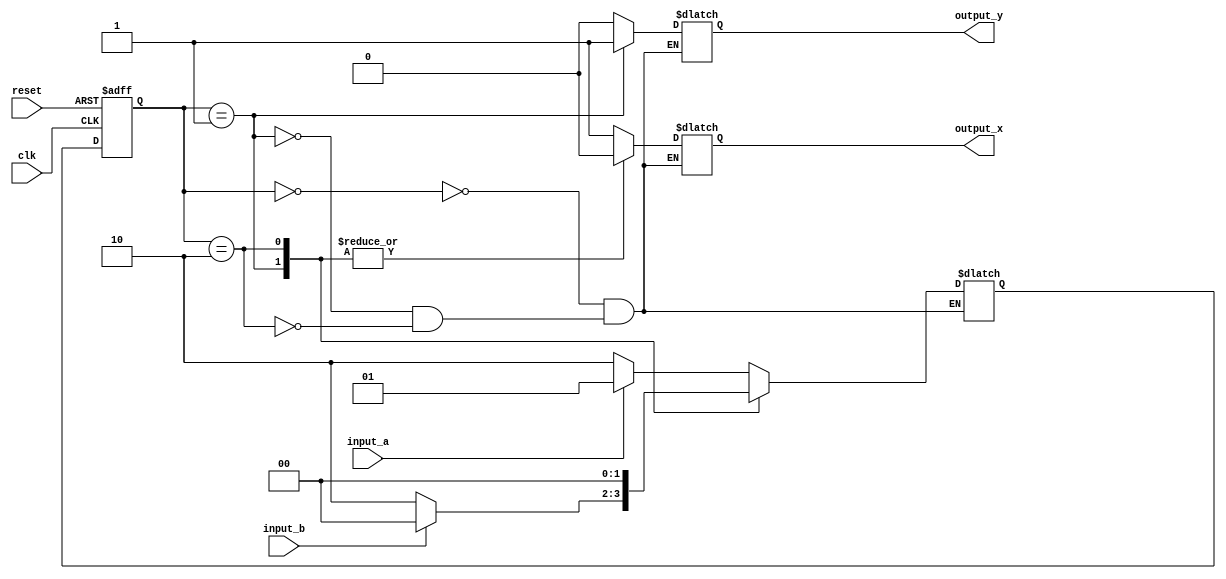
module fsm (
    input wire clk,
    input wire reset,
    input wire input_a,
    input wire input_b,
    output reg output_x,
    output reg output_y
);

// Define states
parameter STATE_A = 2'b00;
parameter STATE_B = 2'b01;
parameter STATE_C = 2'b10;

// State register
reg [1:0] current_state;
reg [1:0] next_state;

// Next state logic
always @(*) begin
    case(current_state)
        STATE_A: begin
            if(input_a)
                next_state = STATE_B;
            else
                next_state = STATE_C;
        end
        STATE_B: begin
            if(input_b)
                next_state = STATE_A;
            else
                next_state = STATE_C;
        end
        STATE_C: begin
            next_state = STATE_A;
        end
    endcase
end

// Output logic
always @(*) begin
    case(current_state)
        STATE_A: begin
            output_x = 1;
            output_y = 0;
        end
        STATE_B: begin
            output_x = 0;
            output_y = 1;
        end
        STATE_C: begin
            output_x = 0;
            output_y = 0;
        end
    endcase
end

// State transition
always @(posedge clk or posedge reset) begin
    if(reset)
        current_state <= STATE_A;
    else
        current_state <= next_state;
end

endmodule